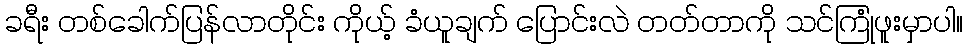
ခရီး တစ်ခေါက်ပြန်လာတိုင်း ကိုယ့် ခံယူချက် ပြောင်းလဲ တတ်တာကို သင်ကြုံဖူးမှာပါ။